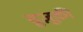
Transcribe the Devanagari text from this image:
सुज़ूकी